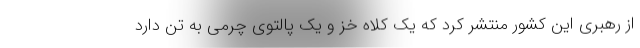
از رهبری این کشور منتشر کرد که یک کلاه خز و یک پالتوی چرمی به تن دارد